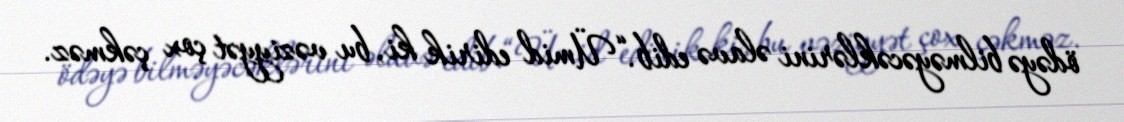
ödəyə bilməyəcəklərini əlavə edib.“Ümid edirik ki, bu vəziyyət çox çəkməz.